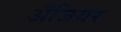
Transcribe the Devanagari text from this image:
अँजियर